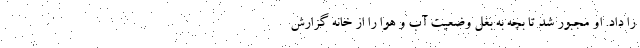
را داد. او مجبور شد تا بچه به بغل وضعیت آب و هوا را از خانه گزارش